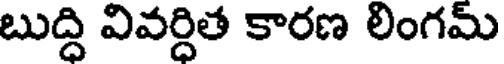
బుద్ది వివర్దిత కారణ లింగమ్